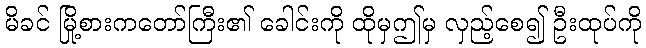
မိခင် မြို့စားကတော်ကြီး၏ ခေါင်းကို ထိုမှဤမှ လှည့်စေ၍ ဦးထုပ်ကို